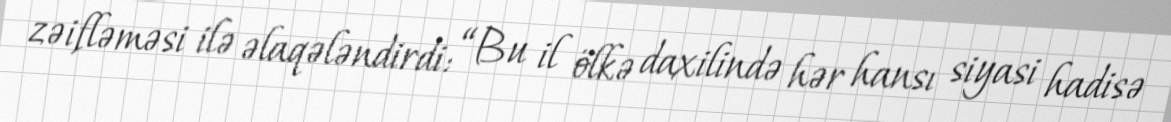
zəifləməsi ilə əlaqələndirdi: “Bu il ölkə daxilində hər hansı siyasi hadisə